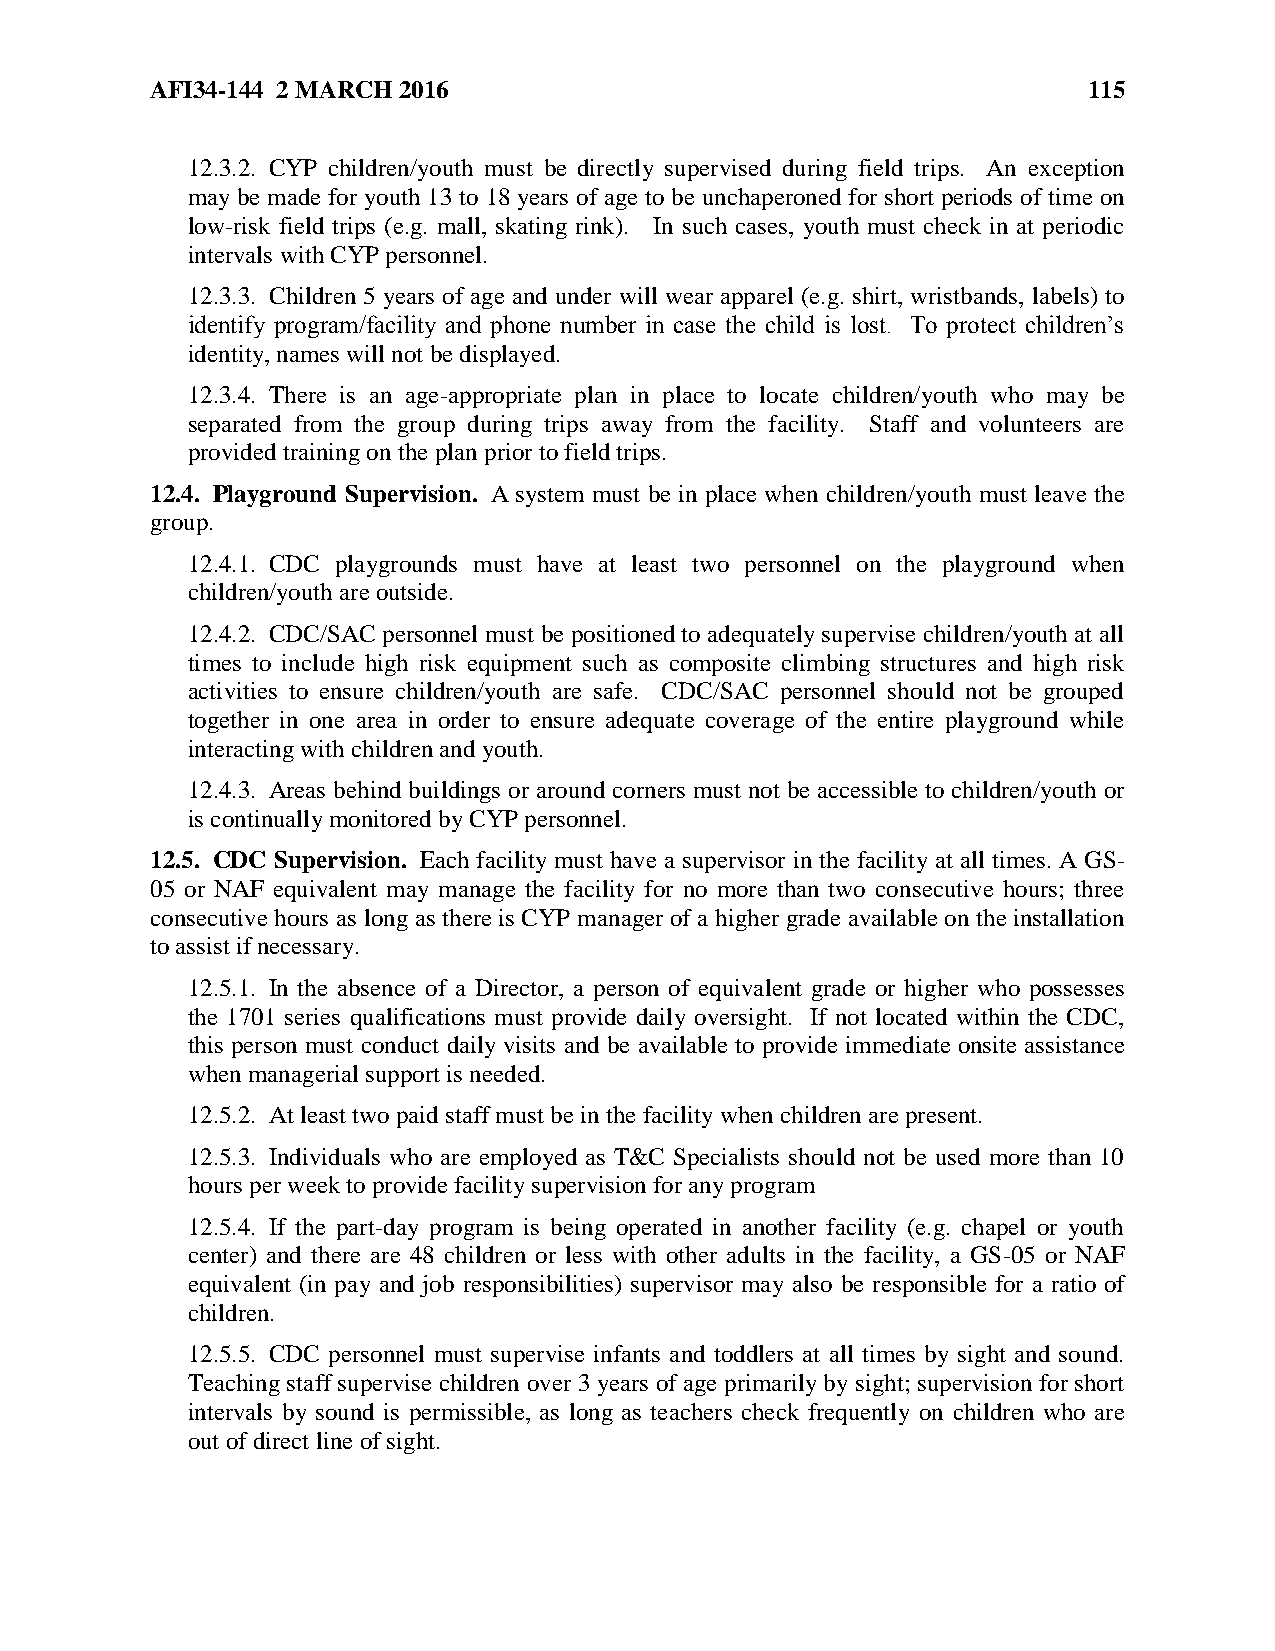
AFI34-144 2 MARCH 2016                                        115
 12.3.2. CYP children/youth must be directly supervised during field trips. An exception
 may be made for youth 13 to 18 years of age to be unchaperoned for short periods of time on
 low-risk field trips (e.g. mall, skating rink). In such cases, youth must check in at periodic
 intervals with CYP personnel.
 12.3.3. Children 5 years of age and under will wear apparel (e.g. shirt, wristbands, labels) to
 identify program/facility and phone number in case the child is lost. To protect children’s
 identity, names will not be displayed.
 12.3.4. There is an age-appropriate plan in place to locate children/youth who may be
 separated from the group during trips away from the facility. Staff and volunteers are
 provided training on the plan prior to field trips.
 12.4. Playground Supervision. A system must be in place when children/youth must leave the
 group.
 12.4.1. CDC playgrounds must have at least two personnel on the playground when
 children/youth are outside.
 12.4.2. CDC/SAC personnel must be positioned to adequately supervise children/youth at all
 times to include high risk equipment such as composite climbing structures and high risk
 activities to ensure children/youth are safe. CDC/SAC personnel should not be grouped
 together in one area in order to ensure adequate coverage of the entire playground while
 interacting with children and youth.
 12.4.3. Areas behind buildings or around corners must not be accessible to children/youth or
 is continually monitored by CYP personnel.
 12.5. CDC Supervision. Each facility must have a supervisor in the facility at all times. A GS-
 05 or NAF equivalent may manage the facility for no more than two consecutive hours; three
 consecutive hours as long as there is CYP manager of a higher grade available on the installation
 to assist if necessary.
 12.5.1. In the absence of a Director, a person of equivalent grade or higher who possesses
 the 1701 series qualifications must provide daily oversight. If not located within the CDC,
 this person must conduct daily visits and be available to provide immediate onsite assistance
 when managerial support is needed.
 12.5.2. At least two paid staff must be in the facility when children are present.
 12.5.3. Individuals who are employed as T&C Specialists should not be used more than 10
 hours per week to provide facility supervision for any program
 12.5.4. If the part-day program is being operated in another facility (e.g. chapel or youth
 center) and there are 48 children or less with other adults in the facility, a GS-05 or NAF
 equivalent (in pay and job responsibilities) supervisor may also be responsible for a ratio of
 children.
 12.5.5. CDC personnel must supervise infants and toddlers at all times by sight and sound.
 Teaching staff supervise children over 3 years of age primarily by sight; supervision for short
 intervals by sound is permissible, as long as teachers check frequently on children who are
 out of direct line of sight.